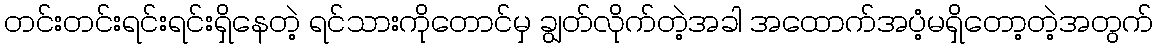
တင်းတင်းရင်းရင်းရှိနေတဲ့ ရင်သားကိုတောင်မှ ချွတ်လိုက်တဲ့အခါ အထောက်အပံ့မရှိတော့တဲ့အတွက်